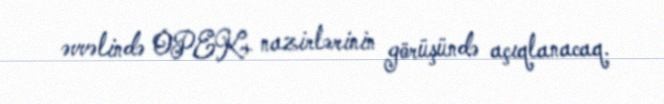
əvvəlində OPEK+ nazirlərinin görüşündə açıqlanacaq.